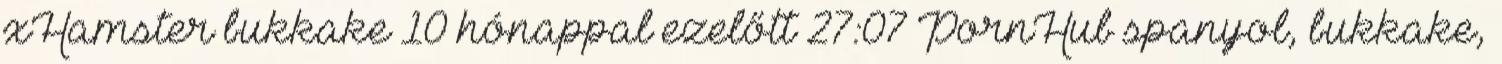
xHamster bukkake 10 hónappal ezelőtt 27:07 PornHub spanyol, bukkake,